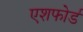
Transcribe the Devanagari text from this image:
एशफोर्ड